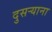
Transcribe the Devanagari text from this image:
दुसर्‍याना